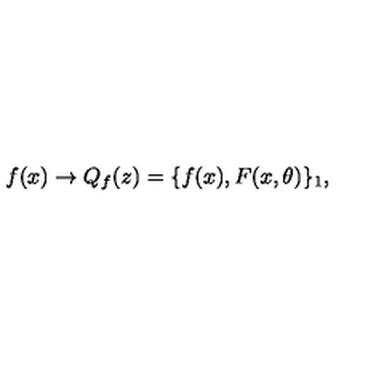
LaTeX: f ( x ) \to Q _ { f } ( z ) = \{ f ( x ) , F ( x , \theta ) \} _ { 1 } ,